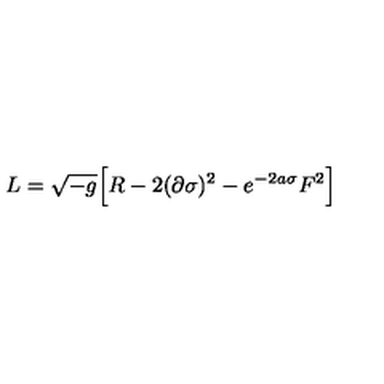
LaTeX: L = \sqrt { - g } \Big [ R - 2 ( \partial \sigma ) ^ { 2 } - e ^ { - 2 a \sigma } F ^ { 2 } \Big ]